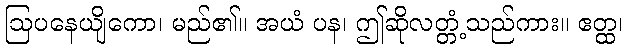
ဩပနေယျိကော၊ မည်၏။ အယံ ပန၊ ဤဆိုလတ္တံ့သည်ကား။ ဧတ္ထ၊